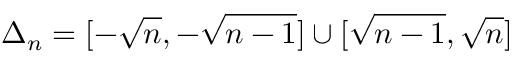
\Delta _ { n } = [ - \sqrt { n } , - \sqrt { n - 1 } ] \cup [ \sqrt { n - 1 } , \sqrt { n } ]